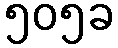
၅၀၅ခ